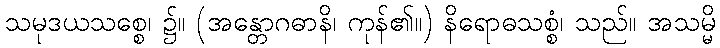
သမုဒယသစ္စေ၊ ၌။ (အန္တောဂဓာနိ၊ ကုန်၏။) နိရောဓသစ္စံ၊ သည်။ အသမ္မိ